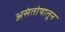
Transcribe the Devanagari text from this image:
असंतोषातून